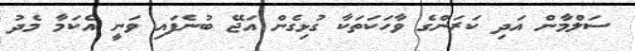
ސަލްމާން އަދި ކަރަންގެ ވާހަކަތަކާ ގުޅިގެން އަޖޭ ބުނެފައި ވަނީ އެކަމާ މެދު